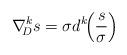
LaTeX: \begin{align*} \nabla^k_{\!\! D}s=\sigma d^k\! \! \left(\frac{s}{\sigma}\right) \end{align*}